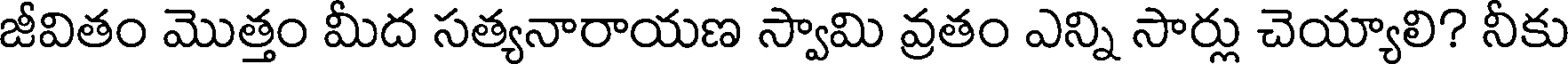
జీవితం మొత్తం మీద సత్యనారాయణ స్వామి వ్రతం ఎన్ని సార్లు చెయ్యాలి? నీకు